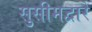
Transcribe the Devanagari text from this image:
सुसीमद्वारे